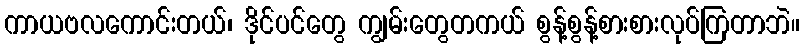
ကာယဗလကောင်းတယ်၊ ဒိုင်ပင်တွေ ကျွမ်းတွေတကယ် စွန့်စွန့်စားစားလုပ်ကြတာဘဲ။